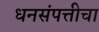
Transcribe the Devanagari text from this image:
धनसंपत्तीचा